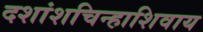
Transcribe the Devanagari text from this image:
दशांशचिन्हाशिवाय